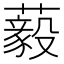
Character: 藙